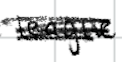
Text: league
Cross-out: scratch
Writing tool: digital_black